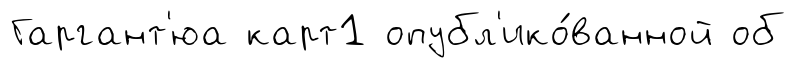
Гаргант'юа карт1 опубл'ико́ванной об